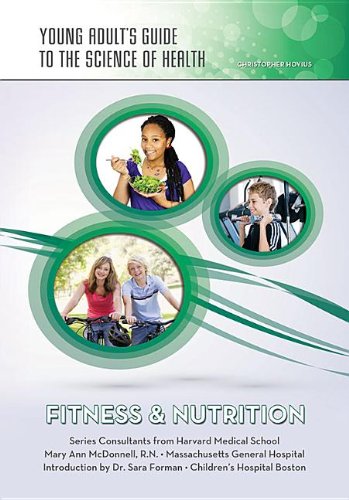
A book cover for Fitness & Nutrition (Young Adult's Guide to the Science of Health); Christopher Hovius; Health, Fitness & Dieting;